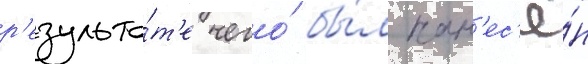
р'езульта́т'е чего́ бы́л нан'ес'ё́н